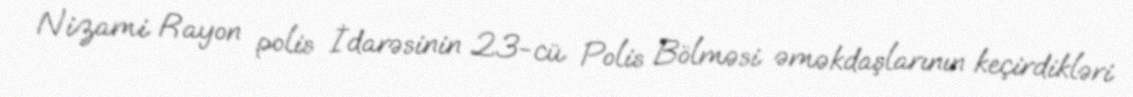
Nizami Rayon polis İdarəsinin 23-cü Polis Bölməsi əməkdaşlarının keçirdikləri